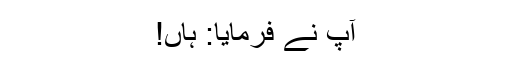
آپ نے فرمایا: ہاں!